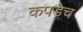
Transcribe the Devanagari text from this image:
कपडेच